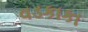
વડકાકા